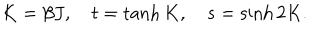
LaTeX: K = \beta J , \quad t = \tanh K , \quad s = \sinh 2 K .